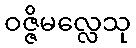
ဝဇ္ဇိမလ္လေသု